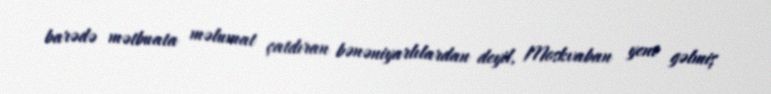
barədə mətbuata məlumat çatdıran bənəniyarlılardan deyil, Moskvaban yeni gəlmiş